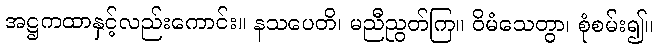
အဋ္ဌကထာနှင့်လည်းကောင်း။ နသပေတိ၊ မညီညွတ်ကြ။ ဝိမံသေတွာ၊ စုံစမ်း၍။